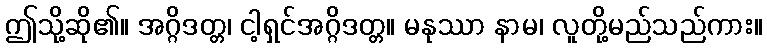
ဤသို့ဆို၏။ အဂ္ဂိဒတ္တ၊ ငါ့ရှင်အဂ္ဂိဒတ္တ။ မနုဿာ နာမ၊ လူတို့မည်သည်ကား။